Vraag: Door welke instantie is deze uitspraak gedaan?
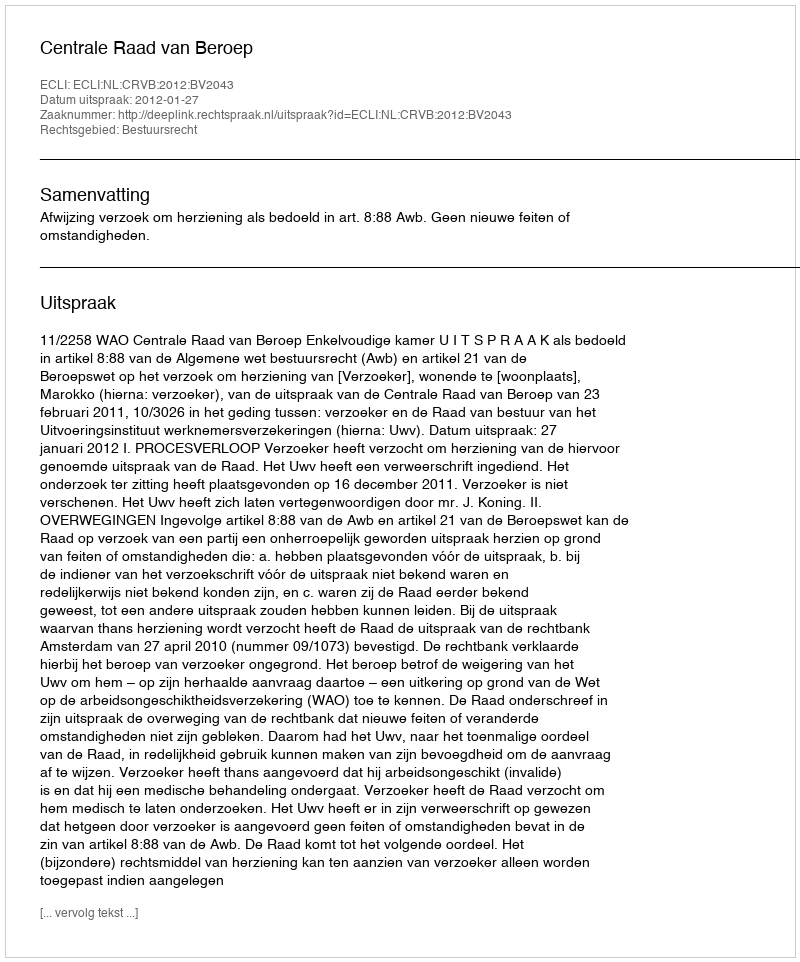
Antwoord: Centrale Raad van Beroep